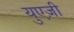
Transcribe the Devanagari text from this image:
युएज़ी